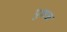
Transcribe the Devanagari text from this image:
पुकळ